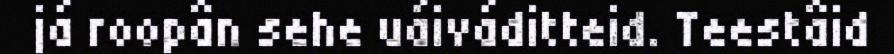
já roopân sehe uáiváditteid. Teestâid